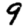
Digit: 9